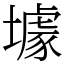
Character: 壉